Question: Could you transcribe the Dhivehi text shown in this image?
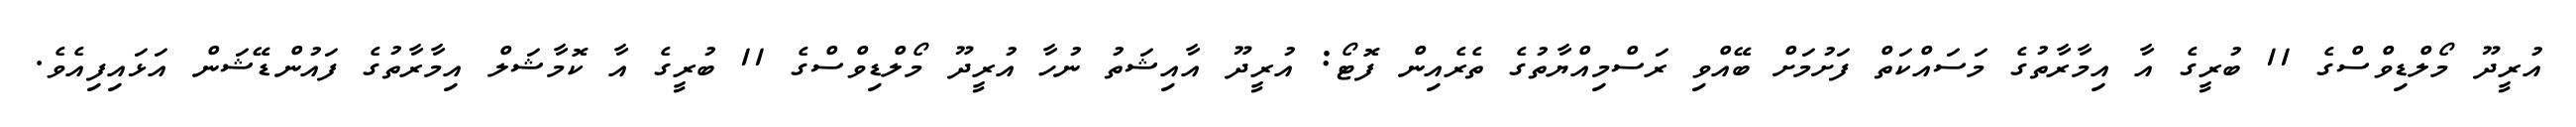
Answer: އުރީދޫ މޯލްޑިވްސްގެ 11 ބުރީގެ އާ އިމާރާތުގެ މަސައްކަތް ފަށުމަށް ބޭއްވި ރަސްމިއްޔާތުގެ ތެރެއިން ފޮޓޯ: އުރީދޫ އާއިޝަތު ނުހާ އުރީދޫ މޯލްޑިވްސްގެ 11 ބުރީގެ އާ ކޮމާޝަލް އިމާރާތުގެ ފައުންޑޭޝަން އަޅައިފިއެވެ.